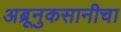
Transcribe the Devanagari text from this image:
अब्रूनुकसानीचा